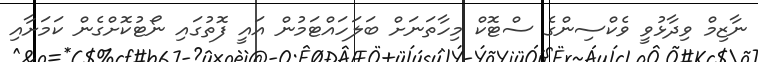
ނާޒިމް ވިދާޅުވީ ވެކްސިންގެ ސްޓޮކް މިހާތަނަށް ބަލަހައްޓަމުން އައީ ފޮތުގައި ނޯޓުކޮށްގެން ކަމަށާއި